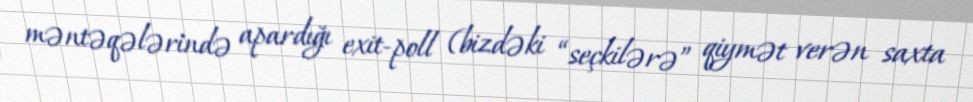
məntəqələrində apardığı exit-poll (bizdəki “seçkilərə” qiymət verən saxta